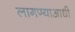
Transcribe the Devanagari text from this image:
लागण्याआधी